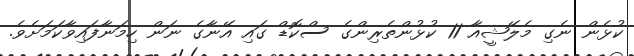
ކުޅެން ނެގި މެލޭޝީއާ 11 ކުޅުންތެރިންގެ ސްކޮޑް ގައި އޭނާގެ ނަން ހިމަނާފައިވާކަމަށެވެ.